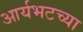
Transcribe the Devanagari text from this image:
आर्यभटच्या